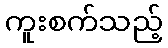
ကူးစက်သည့်